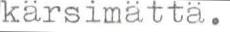
kärsimättä.